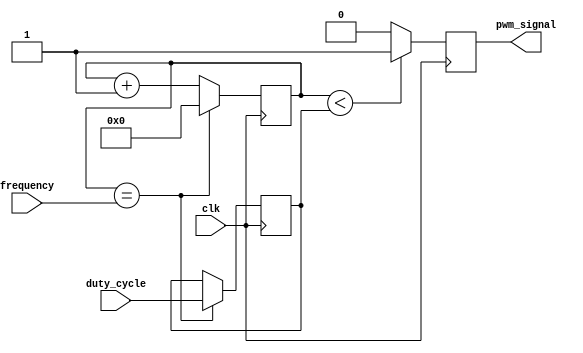
module pwm_generator(
    input wire clk,
    input wire [7:0] duty_cycle,
    input wire [7:0] frequency,
    output reg pwm_signal
);

reg [15:0] counter;
reg [7:0] threshold;

always @(posedge clk) begin
    counter <= counter + 1;
    
    if(counter == frequency) begin
        counter <= 0;
        threshold <= duty_cycle;
    end
    
    if(counter < threshold) begin
        pwm_signal <= 1;
    end else begin
        pwm_signal <= 0;
    end
end

endmodule